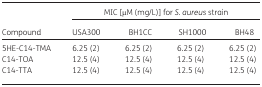
<table><thead><tr><td rowspan="2"><b>Compound</b></td><td colspan="4"><b>MIC [μM (mg/L)] for <i>S. aureus</i> strain</b></td></tr><tr><td><b>USA300</b></td><td><b>BH1CC</b></td><td><b>SH1000</b></td><td><b>BH48</b></td></tr></thead><tbody><tr><td>5HE-C14-TMA</td><td>6.25 (2)</td><td>6.25 (2)</td><td>6.25 (2)</td><td>6.25 (2)</td></tr><tr><td>C14-TOA</td><td>12.5 (4)</td><td>12.5 (4)</td><td>12.5 (4)</td><td>12.5 (4)</td></tr><tr><td>C14-TTA</td><td>12.5 (4)</td><td>12.5 (4)</td><td>12.5 (4)</td><td>12.5 (4)</td></tr></tbody></table>